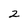
Character: 2